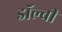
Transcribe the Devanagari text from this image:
डाॅल्बी